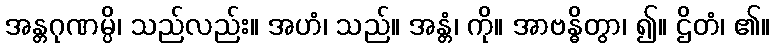
အန္တဂုဏမ္ပိ၊ သည်လည်း။ အဟံ၊ သည်။ အန္တံ၊ ကို။ အာဗန္ဓိတွာ၊ ၍။ ဌိတံ၊ ၏။